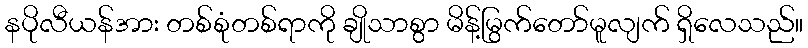
နပိုလီယန်အား တစ်စုံတစ်ရာကို ချိုသာစွာ မိန့်မြွက်တော်မူလျက် ရှိလေသည်။